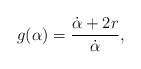
\begin{align*}g(\alpha) = \frac{\dot{\alpha}+ 2 r}{\dot{\alpha}},\end{align*}